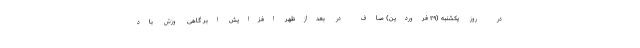
در روز یکشنبه (۲۹ فروردین) صاف در بعدازظهر افزایش ابر گاهی وزش باد